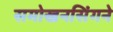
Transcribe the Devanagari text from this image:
समोखनसिंगने